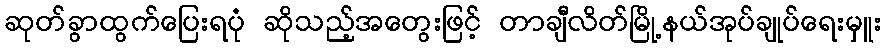
ဆုတ်ခွာထွက်ပြေးရပုံ ဆိုသည့်အတွေးဖြင့် တာချီလိတ်မြို့နယ်အုပ်ချုပ်ရေးမှူး